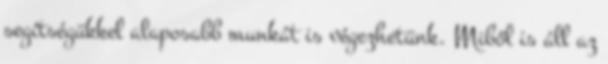
segítségükkel alaposabb munkát is végezhetünk. Miből is áll az